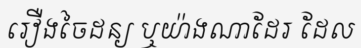
រឿងចៃដន្យ ឬយ៉ាងណាដែរ ដែល